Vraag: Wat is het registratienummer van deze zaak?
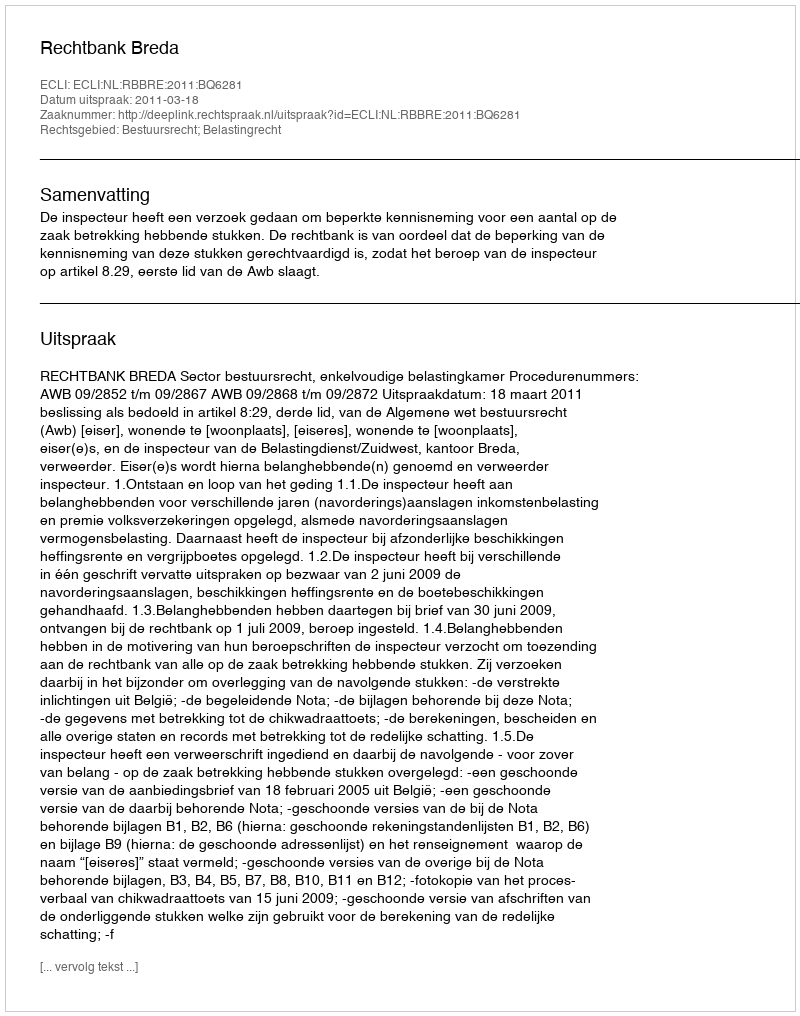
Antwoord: http://deeplink.rechtspraak.nl/uitspraak?id=ECLI:NL:RBBRE:2011:BQ6281